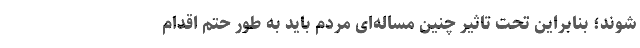
شوند؛ بنابراین تحت تاثیر چنین مساله‌ای مردم باید به طور حتم اقدام